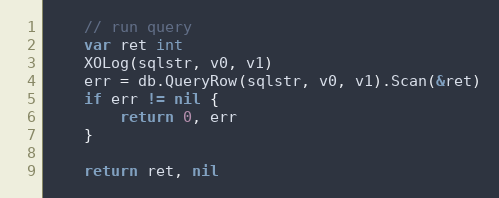
Language: Go
	// run query
	var ret int
	XOLog(sqlstr, v0, v1)
	err = db.QueryRow(sqlstr, v0, v1).Scan(&ret)
	if err != nil {
		return 0, err
	}

	return ret, nil